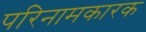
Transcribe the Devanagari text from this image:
परिनामकारक